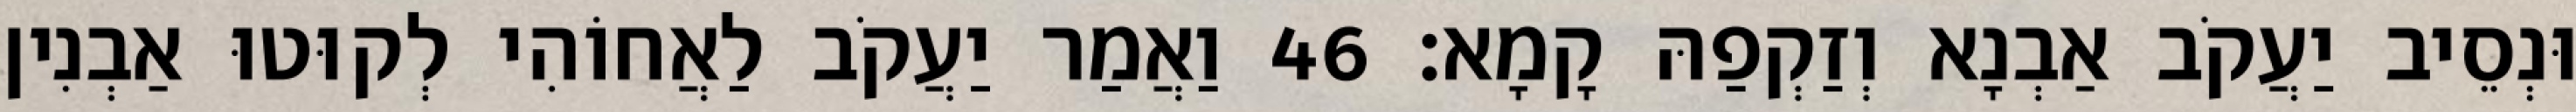
וּנְסֵיב יַעֲקֹב אַבְנָא וְזַקְפַהּ קָמָא׃ 46 וַאֲמַר יַעֲקֹב לַאֲחוֹהִי לְקוּטוּ אַבְנִין